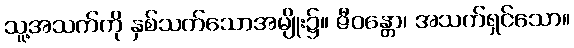
သူ့အသက်ကို နှစ်သက်သောအမျိုး၌။ ဇီဝန္တော၊ အသက်ရှင်သော။